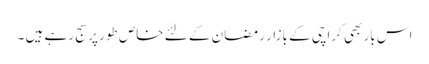
اس بار بھی کراچی کے بازار رمضان کے لئے خاص طور پر سج رہے ہیں ۔